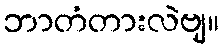
ဘာတံတားလဲဗျ။